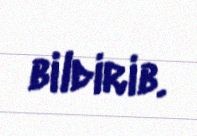
bildirib.